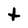
Character: t